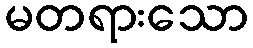
မတရားသော